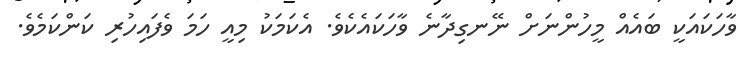
ވާހަކައަކީ ބައެއް މީހުންނަށް ނޭނގިދާނެ ވާހަކައެކެވެ. އެކަމަކު މިއީ ހަމަ ވެފައިހުރި ކަންކަމެވެ.